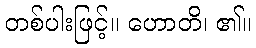
တစ်ပါးဖြင့်။ ဟောတိ၊ ၏။